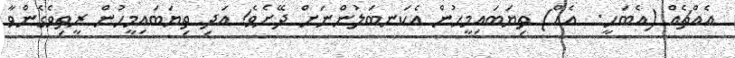
އެއްޗެއް (އެބަހީ:  އެއް) ތިޔަބައިމީހުން އެކަނބަލުންނަށް ދޭށެވެ! އަދި ތިޔަބައިމީހުން ރީތިވެގެންވާ